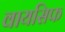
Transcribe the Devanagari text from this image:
वायसिफ